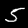
Digit: 5